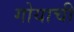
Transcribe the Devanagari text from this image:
गोयाची